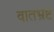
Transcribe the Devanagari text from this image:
वातभ्रष्ट